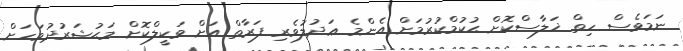
ނަމަވެސް ހިތް ޚަލާސްކޮށް ޙުކުމްކުރުމަށް އެންމެ ޢަދުލުވެރި ފަރާތް އަށް ވަކީލްކޮށް މަޙުޝަރުދުވަހަށް